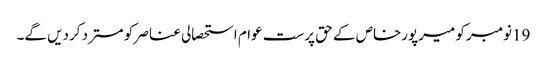
19نومبر کو میرپورخاص کے حق پرست عوام استحصالی عناصر کو مسترد کردیں گے۔